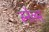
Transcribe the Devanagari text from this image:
स्नेल्स